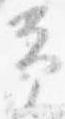
予